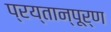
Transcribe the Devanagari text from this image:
प्रय्तान्पूर्ण